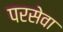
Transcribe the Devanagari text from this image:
परसेवा